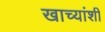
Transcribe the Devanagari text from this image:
खाच्यांशी